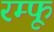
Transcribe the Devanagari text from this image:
रम्फू